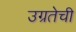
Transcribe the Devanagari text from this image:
उग्रतेची